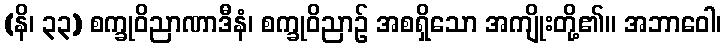
(နိ၊ ၃၃) စက္ခုဝိညာဏာဒီနံ၊ စက္ခုဝိညာဉ် အစရှိသော အကျိုးတို့၏။ အဘာဝေါ၊